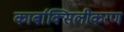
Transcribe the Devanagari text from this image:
कार्बाक्सिलीकरण